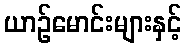
ယာဉ်မောင်းများနှင့်